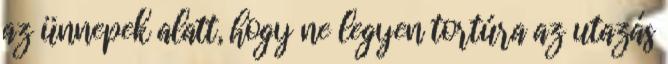
az ünnepek alatt, hogy ne legyen tortúra az utazás